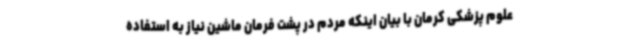
علوم پزشکی کرمان با بیان اینکه مردم در پشت فرمان ماشین نیاز به استفاده